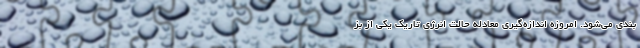
بندی می‌شود. امروزه اندازه‌گیری معادله حالت انرژی تاریک یکی از بز